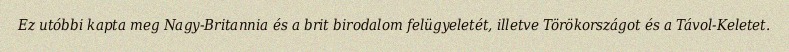
Ez utóbbi kapta meg Nagy-Britannia és a brit birodalom felügyeletét, illetve Törökországot és a Távol-Keletet.